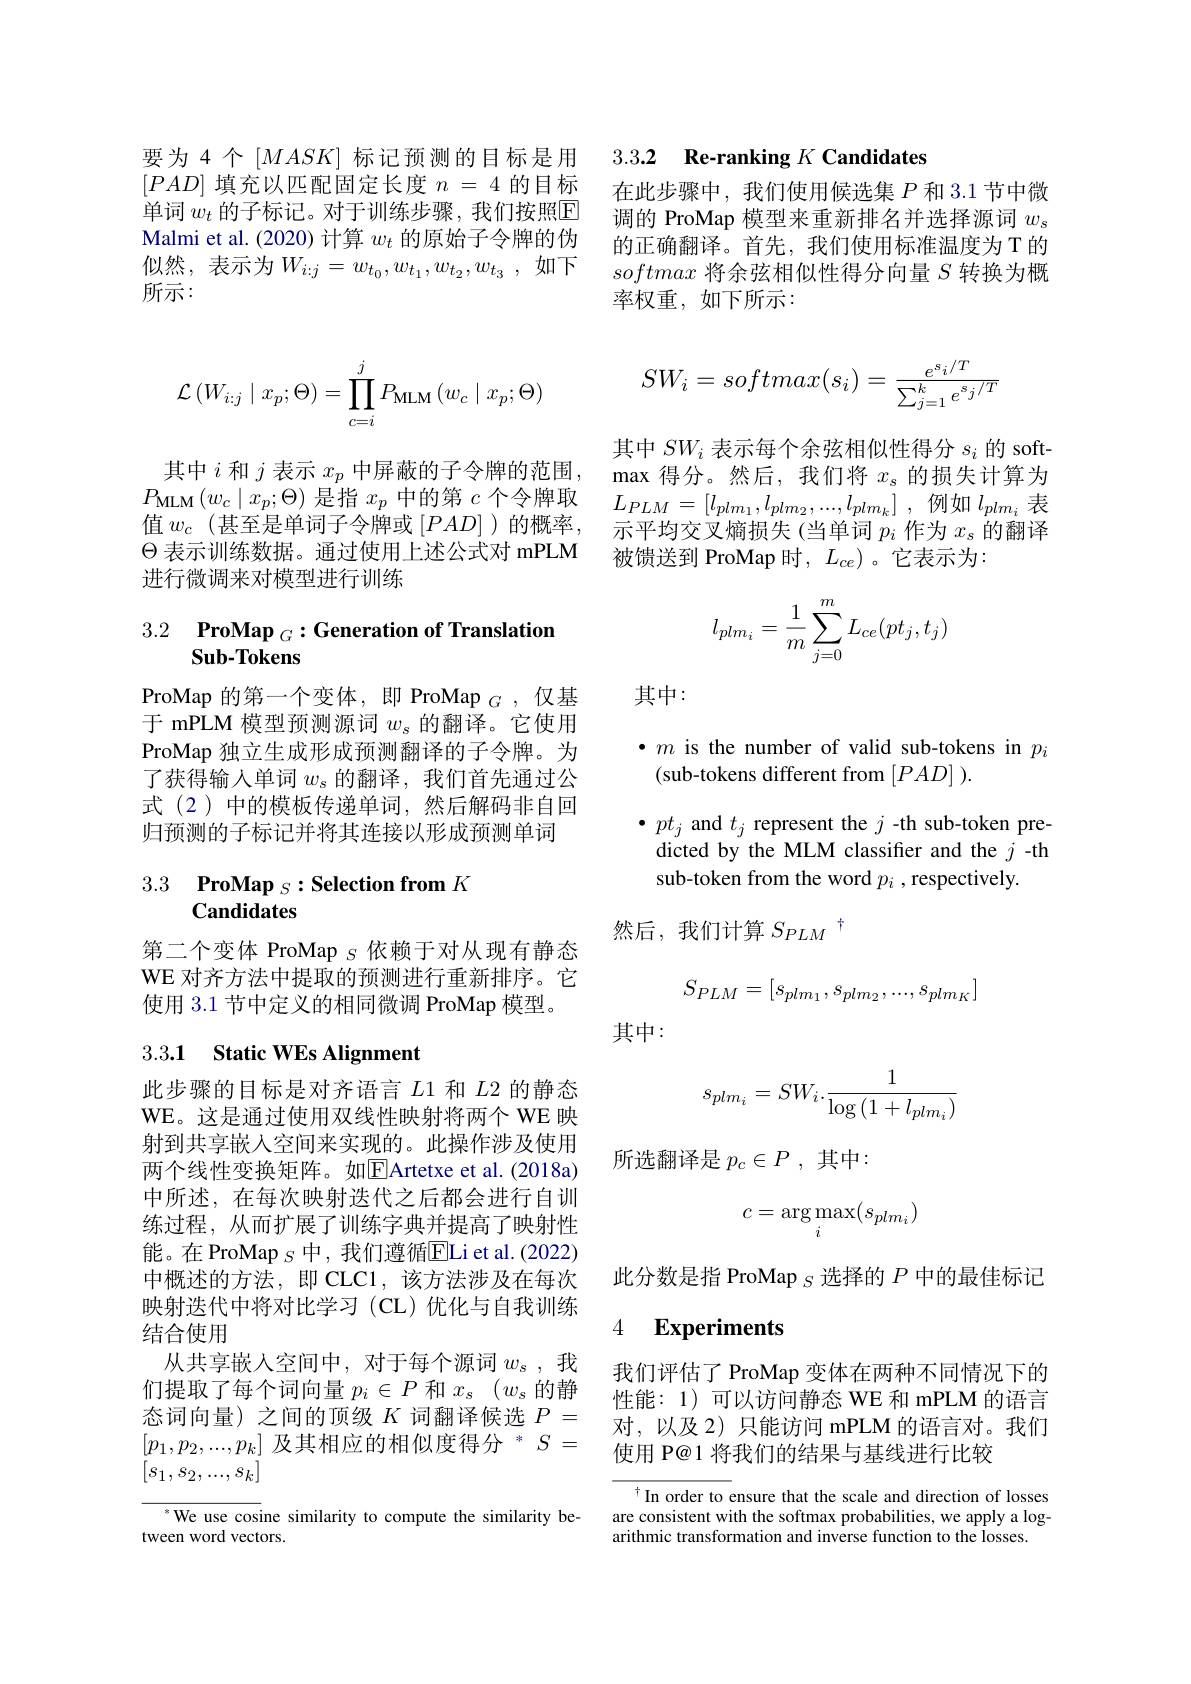
要为4个$\left[MASK\right]$标记预测的目标是用填充以匹配固定长度$n=4$的目标单词 $w_t$ 的子标记。对于训练步骤，我们按照$\mathbb{E}$ Malmi et al. (2020) 计算$w_t$的原始子令牌的伪似然，表示为$W_i:j=w_{t_0},w_{t_1},w_{t_2},w_{t_3}$,如下所示：

其中$i$ 和$j$ 表示 $x_p$ 中屏蔽的子令牌的范围， $\Theta$表示训练数据。通过使用上述公式对 mPLM 进行微调来对模型进行训练

## 3.2 $\textbf{ProMap }_G: \textbf{Generation of Translation}$ Sub-Tokens

ProMap 的第一个变体，即 ProMap $_G$,仅基于 mPLM 模型预测源词$w_s$的翻译。它使用ProMap 独立生成形成预测翻译的子令牌。为了获得输入单词$w_s$的翻译，我们首先通过公式 (2)中的模板传递单词，然后解码非自回归预测的子标记并将其连接以形成预测单词

## 3.3 $\textbf{ProMap }_S: \textbf{Selection from }K$ Candidates

第二个变体 ProMap $s$依赖于对从现有静态WE 对齐方法中提取的预测进行重新排序。它使用 3.1 节中定义的相同微调 ProMap 模型。

## 3.3.1 Static WEs Alignment

此步骤的目标是对齐语言$L$1 和$L$2 的静态WE。这是通过使用双线性映射将两个 WE 映射到共享嵌人空间来实现的。此操作涉及使用两个线性变换矩阵。如$\boxed{\mathrm{F}}$Artetxe et al.(2018a) 中所述，在每次映射迭代之后都会进行自训练过程，从而扩展了训练字典并提高了映射性能。在 ProMap $_{S}$ 中，我们遵循$\boxed{\mathrm{E}}$Li et al.(2022) 中概述的方法，即 CLC1,该方法涉及在每次映射迭代中将对比学习(CL)优化与自我训练结合使用
从共享嵌入空间中，对于每个源词$w_\mathrm{s}$ ,我们提取了每个词向量$p_i\in P$和$x_s(w_s$的静态词向量)之间的顶级$K$词翻译候选$P=$ $[p_1,p_2,...,p_k]\text{ 及其相应的相似度得分 }^*S=$ $[s_1,s_2,...,s_k]$

We use cosine similarity to compute the similarity be-
tween word vectors.

## 3.3.2 Re-ranking $K$ Candidates

在此步骤中，我们使用候选集$P$和 3.1 节中微调的 ProMap 模型来重新排名并选择源词$w_s$ 的正确翻译。首先，我们使用标准温度为 T 的softmax将余弦相似性得分向量$S$转换为概率权重，如下所示：
$$\mathcal{L}\left(W_{i:j}\mid x_{p};\Theta\right)=\prod_{c=i}^{j}P_{\mathrm{MLM}}\left(w_{c}\mid x_{p};\Theta\right)\quad SW_{i}=softmax(s_{i})=\frac{e^{s_{i}/T}}{\sum_{j=1}^{k}e^{s_{j}/T}}$$
其中$SW_i$表示每个余弦相似性得分$s_i$的 soft- $\max$得分。然后，我们将$x_\mathrm{s}$的损失计算为
$\begin{array}{l}{{P_{\mathrm{MLM}}}(w_{c}\mid x_{p};\Theta)\text{ 是指 }x_{p}\text{ 中的第 }c\text{ 个令牌取}}\\{{E_{PLM}}=[l_{plm_{1}},l_{plm_{2}},...,l_{plm_{k}}]}\end{array}$,例如$l_{plm_{i}}$表值$w_c$ (甚至是单词子令牌或 )的概率，示平均交叉熵损失 (当单词$p_i$作为$x_s$的翻译
被馈送到 ProMap 时，$L_{ce}$)。它表示为：
$$l_{plm_i}=\dfrac{1}{m}\sum_{j=0}^{m}L_{ce}(pt_j,t_j)$$
其中：

$\bullet m$ is the number of valid sub-tokens in $p_i$
(sub-tokens different from ).

$\bullet pt_{j}$ and $t_j$ represent the $j$ -th sub-token predicted by the MLM classifer and the $j$-th sub-token from the word $p_i$ , respectively

然后，我们计算$S_{PLM}^{\dagger}$
$$S_{PLM}=[s_{plm_1},s_{plm_2},...,s_{plm_K}]$$
其中：
$$s_{plm_i}=SW_i.\frac{1}{\log{(1+l_{plm_i})}}$$
所选翻译是$p_c\in P$ ,其中：
$$c=\arg\max_i(s_{plm_i})$$
此分数是指 ProMap $s$选择的$P$中的最佳标记

### 4 $\textbf{Experiments}$

我们评估了 ProMap 变体在两种不同情况下的性能：1)可以访问静态 WE 和 mPLM 的语言对，以及 2) 只能访问 mPLM 的语言对。我们使用 P@1 将我们的结果与基线进行比较

$^{\dagger}$In order to ensure that the scale and direction of losses are consistent with the softmax probabilities, we apply a logarithmic transformation and inverse function to the losses.